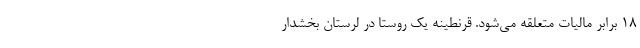
۱۸ برابر مالیات متعلقه می‌شود. قرنطینه یک روستا در لرستان بخشدار